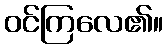
ဝင်ကြလေ၏။